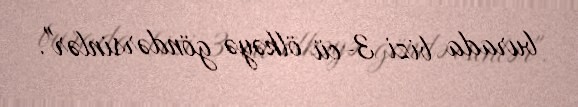
burada bizi 3-cü ölkəyə göndərsinlər".